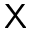
\textsf { X }